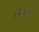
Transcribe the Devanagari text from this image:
टेंपलचा